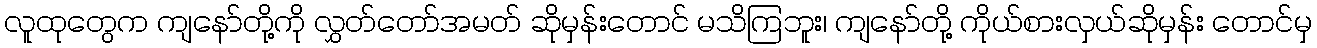
လူထုတွေက ကျနော်တို့ကို လွှတ်တော်အမတ် ဆိုမှန်းတောင် မသိကြဘူး၊ ကျနော်တို့ ကိုယ်စားလှယ်ဆိုမှန်း တောင်မှ